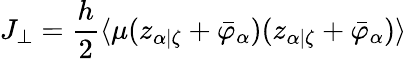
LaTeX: J_{\perp}=\frac{h}{2}\langle\mu(z_{\alpha|\zeta}+\bar{\varphi}_{\alpha})(z_{\alpha|\zeta}+\bar{\varphi}_{\alpha})\rangle